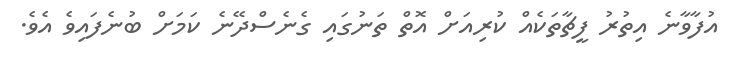
އުފާވާނެ އިތުރު ފީޗާތަކެއް ކުރިއަށް އޮތް ތަނުގައި ގެނެސްދޭނެ ކަމަށް ބުނެފައިވެ އެވެ.